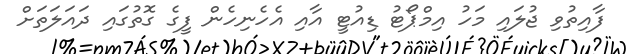
ފާއިތުވި ޖުލައި މަހު އިމްޕޯޓު ޑިއުޓީ އާއި އެހެނިހެން ފީގެ ގޮތުގައި ދައަލަތަށް